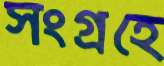
সংগ্রহে